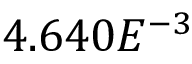
4 . 6 4 0 E ^ { - 3 }